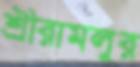
শ্রীরামলুর